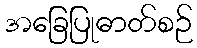
အခြေပြုဓာတ်စဉ်